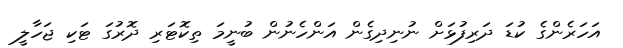
އަހަރެންގެ ކުޑަ ދަރިފުޅަށް ނުނިދިގެން އަންހެނުން ބުނީމަ ތިކޮޓަރި ދޮރުގަ ޓަކި ޖަހާލީ